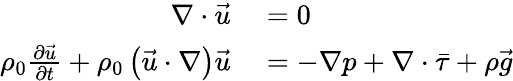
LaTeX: \begin{array}{rl}{\nabla\cdot\vec{u}}&{{}=0}\\ {\rho_{0}\frac{\partial\vec{u}}{\partial t}+\rho_{0}\left(\vec{u}\cdot\nabla\right)\vec{u}}&{{}=-\nabla p+\nabla\cdot\bar{\tau}+\rho\vec{g}}\end{array}